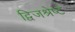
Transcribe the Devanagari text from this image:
द्विजश्रेष्ट